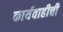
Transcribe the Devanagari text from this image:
कार्यवाहीची